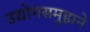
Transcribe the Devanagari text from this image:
उद्योगसमुहाने